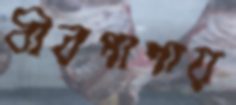
বীরপাশায়